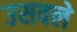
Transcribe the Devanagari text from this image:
उसवले